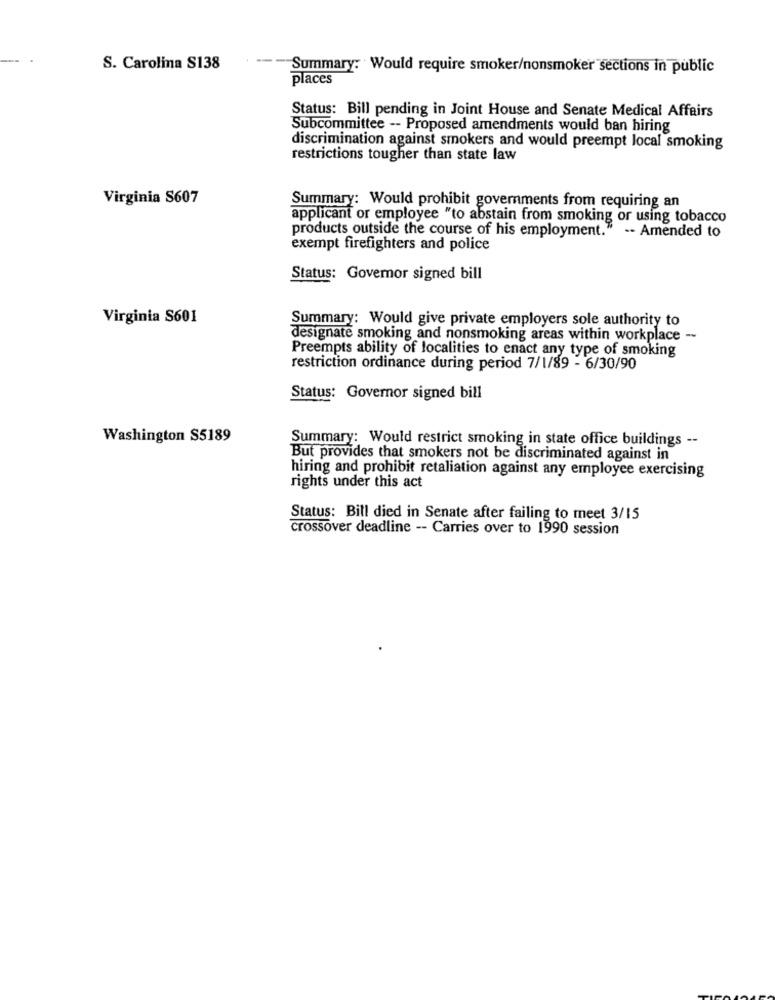
S. Carolina S138
--- Summary: Would require smoker/nonsmoker sections in public
places
Status: Bill pending in Joint House and Senate Medical Affairs
Subcommittee -- Proposed amendments would ban hiring
discrimination against smokers and would preempt local smoking
restrictions tougher than state law
Virginia S607
Summary: Would prohibit governments from requiring an
applicant or employee "to abstain from smoking or using tobacco
products outside the course of his employment." -- Amended to
exempt firefighters and police
Status: Governor signed bill
Virginia S601
Summary: Would give private employers sole authority to
designate smoking and nonsmoking areas within workplace --
Preempts ability of localities to enact any type of smoking
restriction ordinance during period 7/1/89 - 6/30/90
Status: Governor signed bill
Washington S5189
Summary: Would restrict smoking in state office buildings --
But provides that smokers not be discriminated against in
hiring and prohibit retaliation against any employee exercising
rights under this act
Status: Bill died in Senate after failing to meet 3/15
crossover deadline -- Carries over to 1990 session